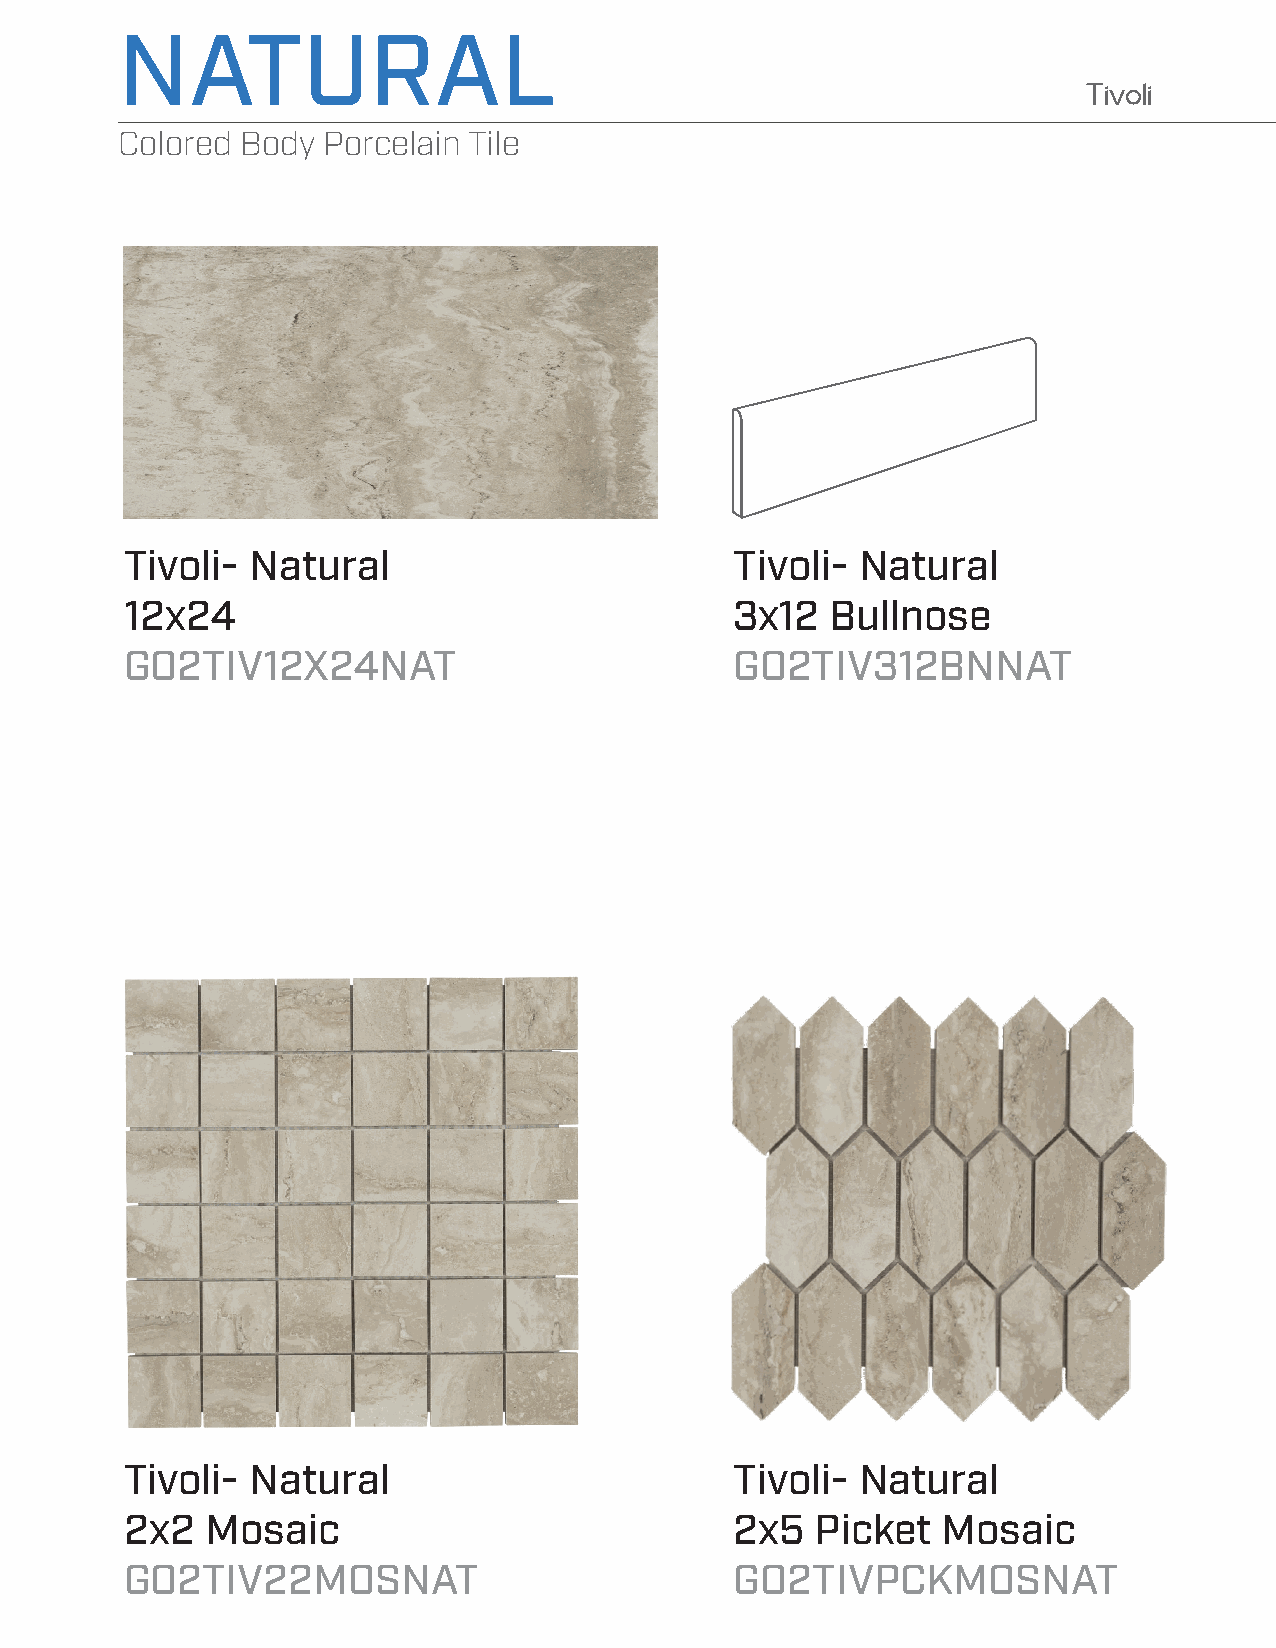
NATURAL
 Tivoli
 Colored Body Porcelain Tile
 Tivoli-  Natural                         Tivoli- Natural
 12x24                                    3x12  Bullnose
 GO2TIV12X24NAT                           GO2TIV312BNNAT
 Tivoli-  Natural                         Tivoli- Natural
 2x2   Mosaic                             2x5  Picket  Mosaic
 GO2TIV22MOSNAT                           GO2TIVPCKMOSNAT